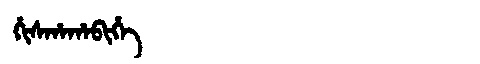
Manchu: ᡥᡳᠰᡥᠠᡥᠠᠪᡳᡥᡝ
Romanization: HISHAHABIHE